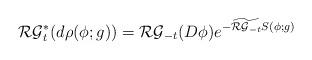
LaTeX: \begin{align*} \mathcal{RG}^*_t ( d\rho (\phi; g) ) = \mathcal{RG}_{-t} (D\phi) e^{- \widetilde{ \mathcal{RG}_{-t}} S(\phi; g) } \end{align*}